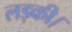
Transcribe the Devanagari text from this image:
लड़की।